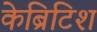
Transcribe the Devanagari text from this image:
केब्रिटिश